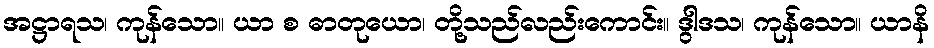
အဋ္ဌာရသ၊ ကုန်သော။ ယာ စ ဓာတုယော၊ တို့သည်လည်းကောင်း။ ဒွါဒသ၊ ကုန်သော။ ယာနိ